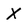
Character: x